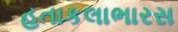
હતાકલાભારસ